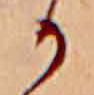
か